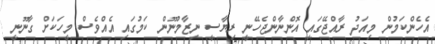
އެހެންކަމުން މިއަދު ރާއްޖޭގައި އޮންނާންޖެހޭނީ ރިޔާސީ ނިޒާމުނޫން ކަމުގައި އެއްވެސް މީހަކަށް ގާނޫނީ